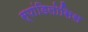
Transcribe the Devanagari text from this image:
स्पांडिलोसिस